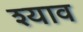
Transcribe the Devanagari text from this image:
श्याव